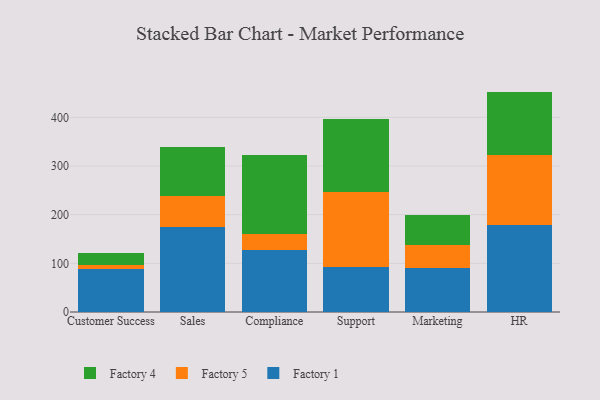
{"axis": {"x": "Department", "y": "Tickets Resolved"}, "legend": ["Factory 1", "Factory 4", "Factory 5"], "data": [{"x": "Customer Success", "y": 87.6, "type": "Factory 1"}, {"x": "Customer Success", "y": 8.4, "type": "Factory 5"}, {"x": "Customer Success", "y": 25.9, "type": "Factory 4"}, {"x": "Sales", "y": 175.6, "type": "Factory 1"}, {"x": "Sales", "y": 63.1, "type": "Factory 5"}, {"x": "Sales", "y": 101.2, "type": "Factory 4"}, {"x": "Compliance", "y": 126.9, "type": "Factory 1"}, {"x": "Compliance", "y": 32.6, "type": "Factory 5"}, {"x": "Compliance", "y": 163.1, "type": "Factory 4"}, {"x": "Support", "y": 91.8, "type": "Factory 1"}, {"x": "Support", "y": 154.0, "type": "Factory 5"}, {"x": "Support", "y": 151.4, "type": "Factory 4"}, {"x": "Marketing", "y": 90.7, "type": "Factory 1"}, {"x": "Marketing", "y": 47.4, "type": "Factory 5"}, {"x": "Marketing", "y": 61.1, "type": "Factory 4"}, {"x": "HR", "y": 179.3, "type": "Factory 1"}, {"x": "HR", "y": 143.9, "type": "Factory 5"}, {"x": "HR", "y": 129.7, "type": "Factory 4"}]}